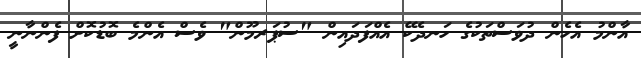
އާންމު އެހެން ދުވަސްތަކުގެ ހަނދެކޭ އެއްފަދައިން "ސުޕަރމޫން" ވެސް އެންމެ ބޮޑުކޮށް ފެންނާނީ